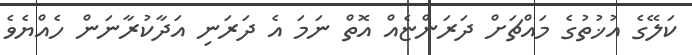
ކަލޭގެ އުޚުތުގެ މައްޗަށް ދަރަންޏެއް އޮތް ނަމަ އެ ދަރަނި އަދާކުރާނަން ހެއްޔެވެ